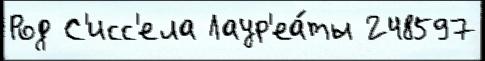
Род С'исс'ела Лаур'еа́ты 248597